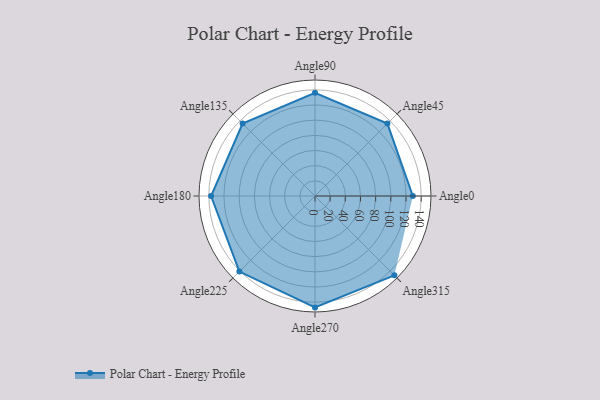
{"axis": {"x": "Angle", "y": "Radius"}, "legend": [""], "data": [{"x": "Angle0", "y": 129.0, "type": ""}, {"x": "Angle45", "y": 135.0, "type": ""}, {"x": "Angle90", "y": 136.0, "type": ""}, {"x": "Angle135", "y": 135.0, "type": ""}, {"x": "Angle180", "y": 137.0, "type": ""}, {"x": "Angle225", "y": 141.0, "type": ""}, {"x": "Angle270", "y": 147.0, "type": ""}, {"x": "Angle315", "y": 148.0, "type": ""}]}